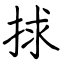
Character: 捄